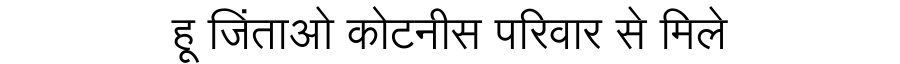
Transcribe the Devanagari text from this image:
हू जिंताओ कोटनीस परिवार से मिले